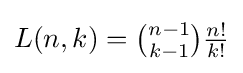
{\textstyle L(n,k)={\binom {n-1}{k-1}}{\frac {n!}{k!}}}